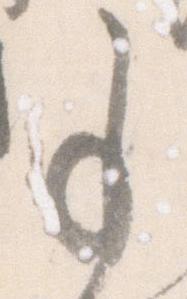
事